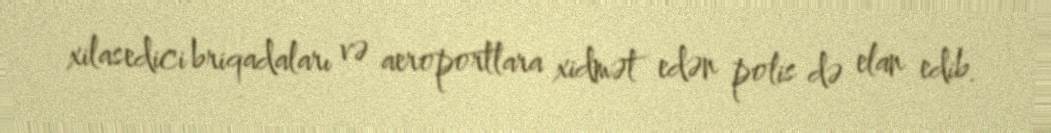
xilasedici briqadaları və aeroportlara xidmət edən polis də elan edib.